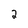
Character: 2